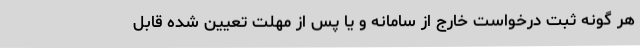
هر گونه ثبت درخواست خارج از سامانه و یا پس از مهلت تعیین شده قابل